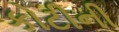
કોટીની